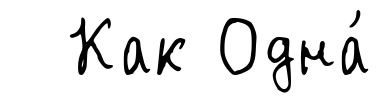
Как Одна́